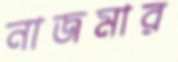
নাজমার